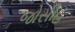
જોસીહ